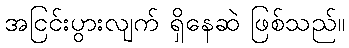
အငြင်းပွားလျက် ရှိနေဆဲ ဖြစ်သည်။